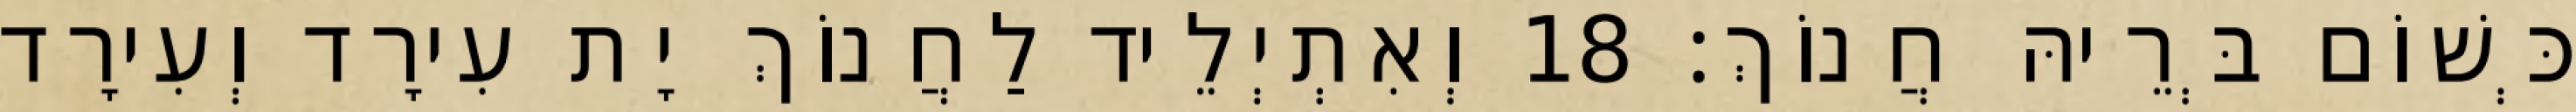
כְּשׁוֹם בְּרֵיהּ חֲנוֹךְ׃ 18 וְאִתְיְלֵיד לַחֲנוֹךְ יָת עִירָד וְעִירָד